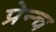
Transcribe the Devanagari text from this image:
प्रेन्च